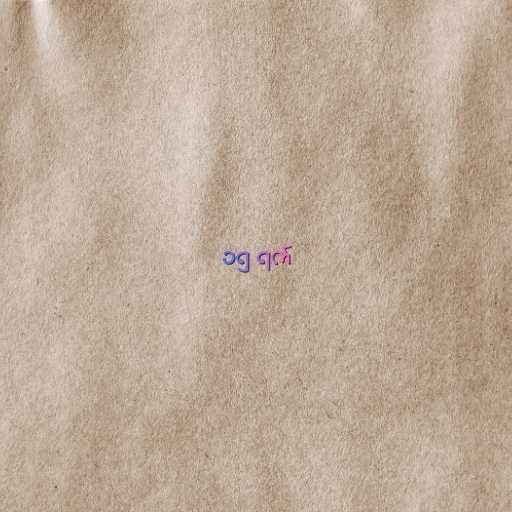
၁၅ ရက်